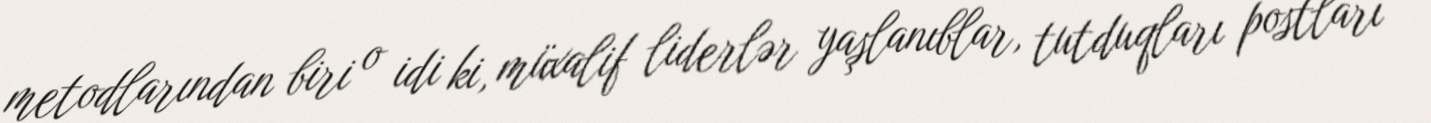
metodlarından biri o idi ki, müxalif liderlər yaşlanıblar, tutduqları postları